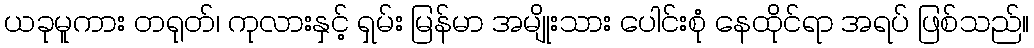
ယခုမူကား တရုတ်၊ ကုလားနှင့် ရှမ်း မြန်မာ အမျိုးသား ပေါင်းစုံ နေထိုင်ရာ အရပ် ဖြစ်သည်။